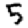
Digit: 5